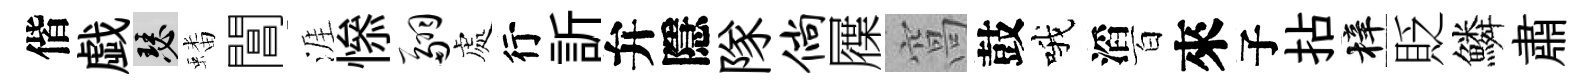
偕戯瑟蟠閶涯𢡖翮處行訢弁隱隊倘屧窩鼓哦滔百來子拈梓貶鱗肅